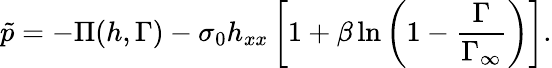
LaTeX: \tilde{p}=-\Pi(h,\Gamma)-\sigma_{0}h_{xx}\left[1+\beta\ln\left(1-\frac{\Gamma}{\Gamma_{\infty}}\right)\right].